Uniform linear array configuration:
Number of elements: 8
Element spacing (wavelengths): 0.25
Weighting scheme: cosine
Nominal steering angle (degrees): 0
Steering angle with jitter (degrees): -0.5459
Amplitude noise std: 0.05
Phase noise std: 0.05

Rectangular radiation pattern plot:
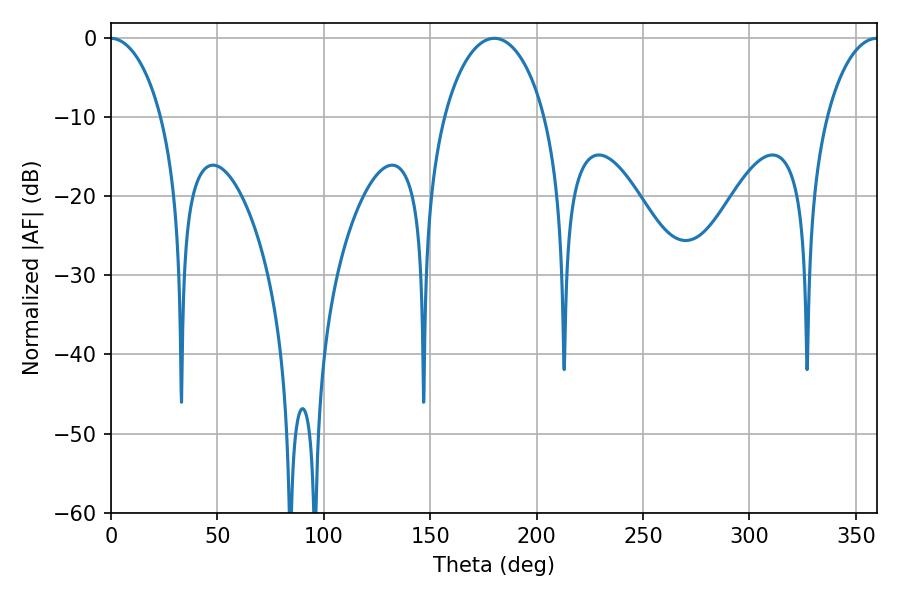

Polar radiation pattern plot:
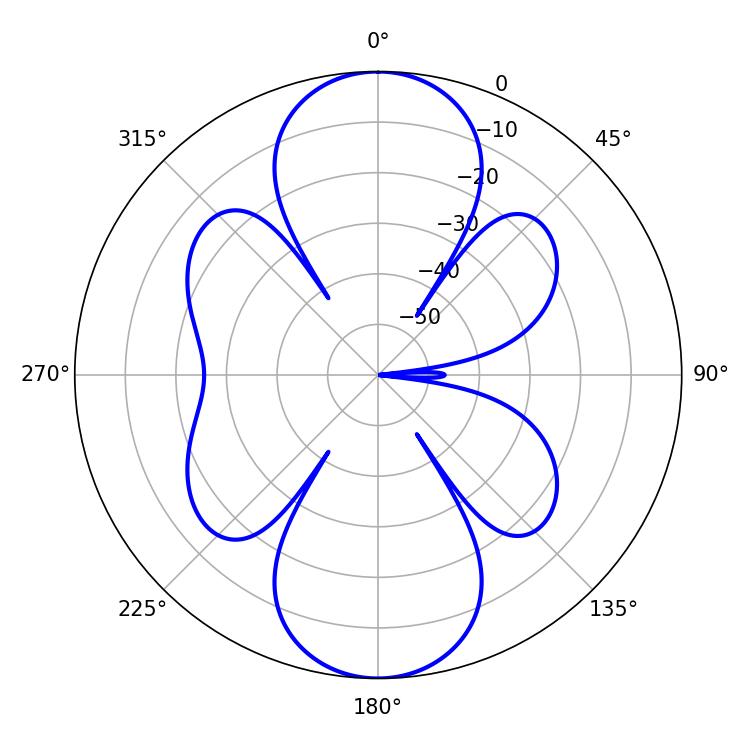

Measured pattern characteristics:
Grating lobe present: FALSE
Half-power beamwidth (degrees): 27.18
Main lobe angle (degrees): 180.18